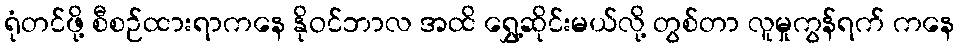
ရုံတင်ဖို့ စီစဉ်ထားရာကနေ နိုဝင်ဘာလ အထိ ရွှေ့ဆိုင်းမယ်လို့ တွစ်တာ လူမှုကွန်ရက် ကနေ